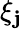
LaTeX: \xi_{\mathbf{j}}